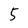
Character: 5